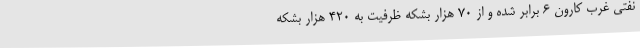
نفتی غرب کارون 6 برابر شده و از 70 هزار بشکه ظرفیت به 420 هزار بشکه